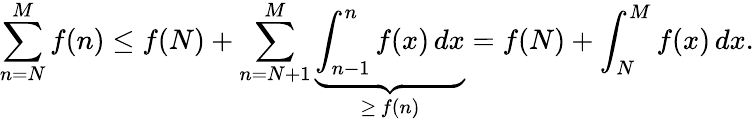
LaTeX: \sum_{n=N}^{M}f(n)\leq f(N)+\sum_{n=N+1}^{M}\underbrace{\int_{n-1}^{n}f(x)\, dx}_{\geq\, f(n)}=f(N)+\int_{N}^{M}f(x)\, dx.